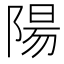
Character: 陽